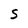
Character: S